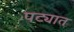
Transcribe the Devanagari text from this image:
पट्यात